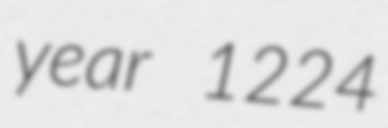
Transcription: year 1224